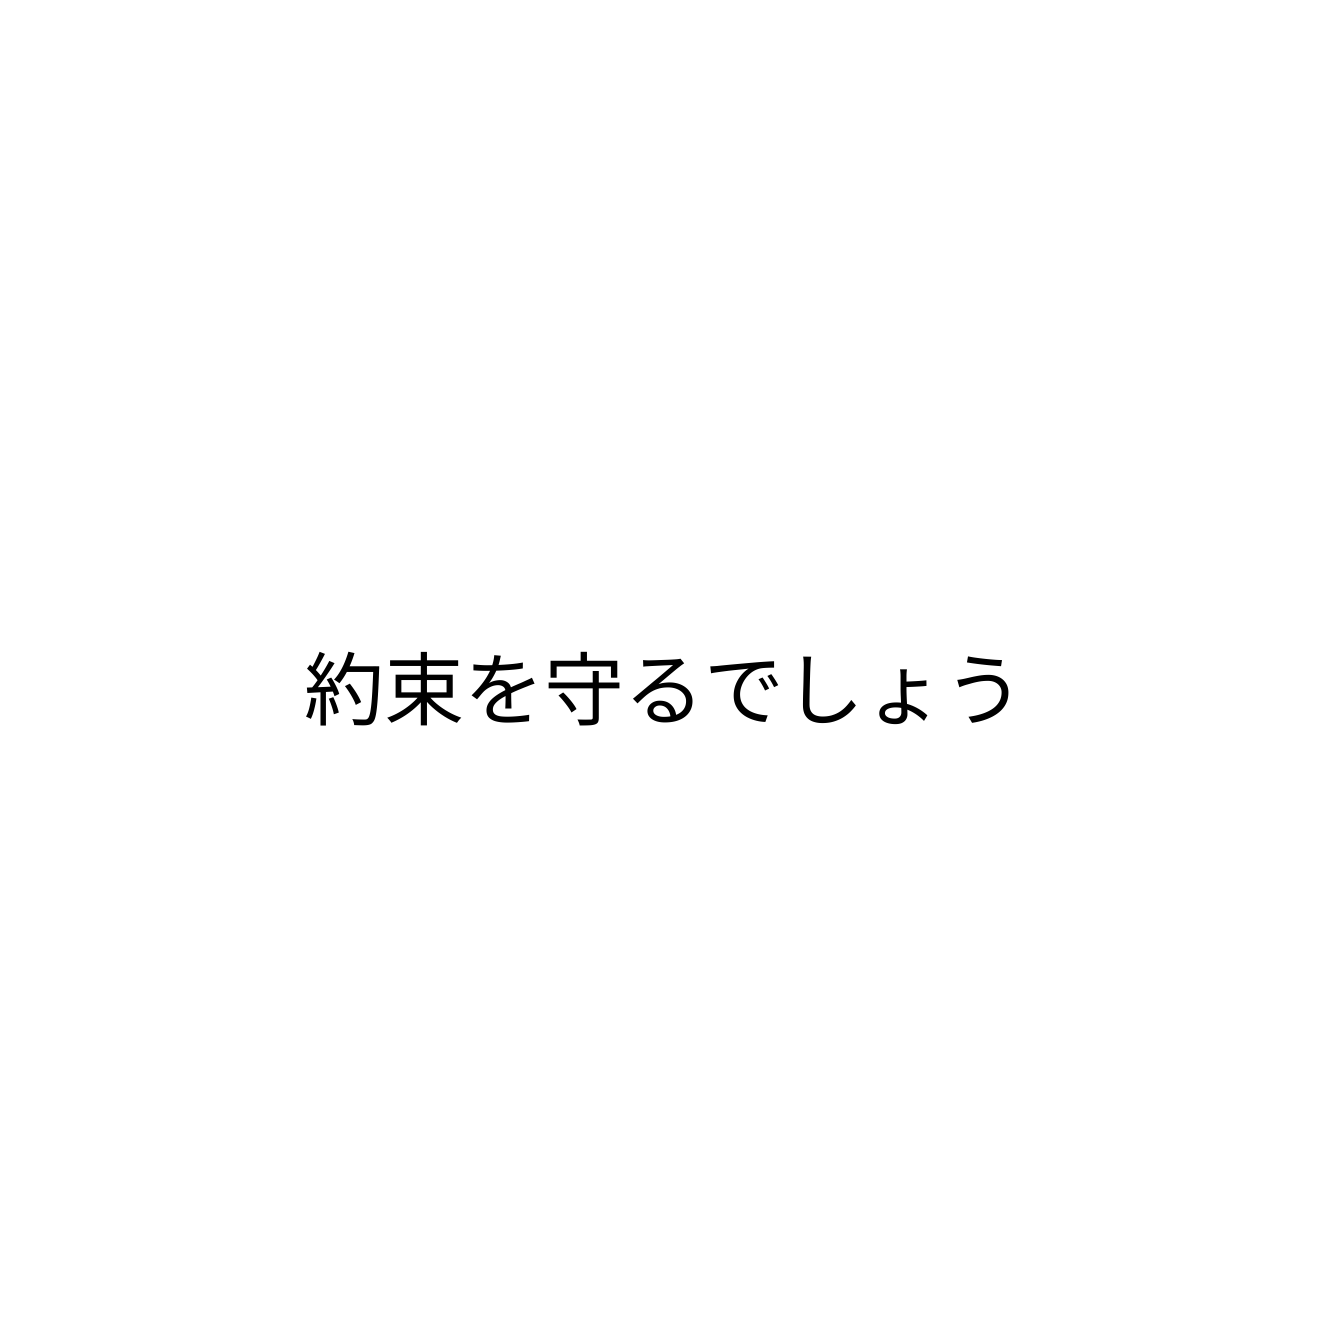
約束を守るでしょう